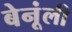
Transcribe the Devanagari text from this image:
बेनूंली